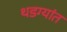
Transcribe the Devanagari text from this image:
थडग्यांत